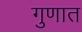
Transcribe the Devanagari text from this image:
गुणात